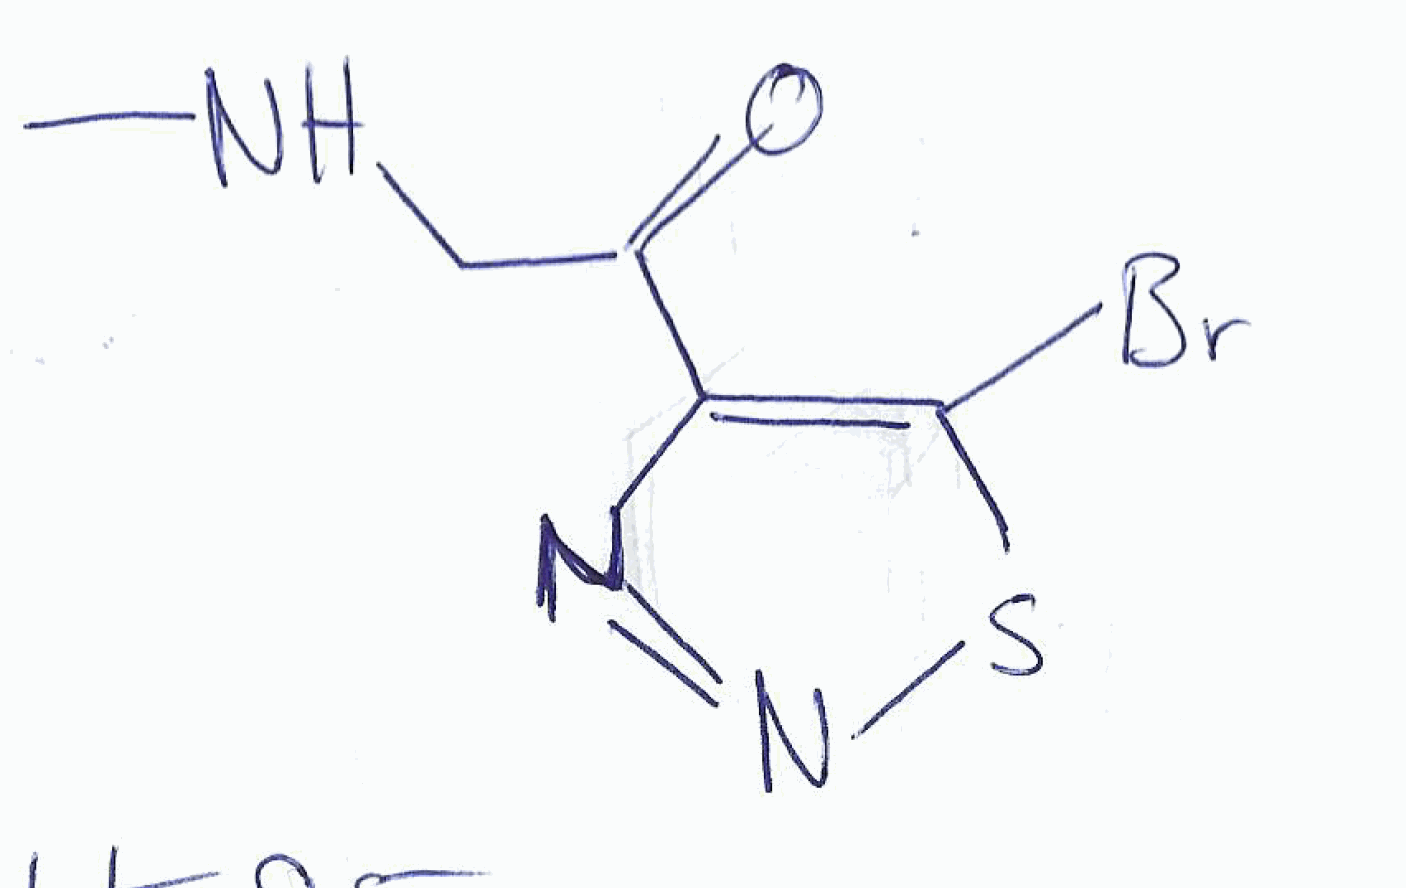
Simplified molecular-input line-entry system (SMILES) notation of the given molecule:
CNCC(=O)C1=C(SN=N1)Br